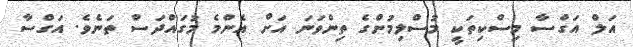
އަލް އަގްސާ މިސްކިތަކީ މުސްލިމުންގެ ތިންވަނަ އަށް އެންމެ މުގައްދަސް ތަނެވެ. އަގްސާ